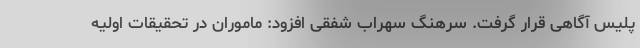
پلیس آگاهی قرار گرفت. سرهنگ سهراب شفقی افزود: ماموران در تحقیقات اولیه